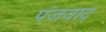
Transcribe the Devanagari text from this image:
पंजनाद